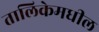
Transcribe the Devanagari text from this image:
तालिकेमधील